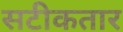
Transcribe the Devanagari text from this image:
सटीकतार